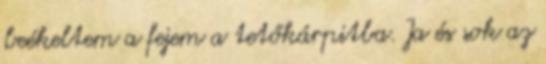
beékeltem a fejem a tetőkárpitba. Ja és sok az